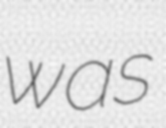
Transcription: was